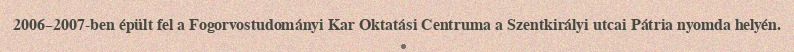
2006–2007-ben épült fel a Fogorvostudományi Kar Oktatási Centruma a Szentkirályi utcai Pátria nyomda helyén.